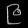
Digit: ၉